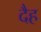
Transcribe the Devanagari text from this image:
दैह